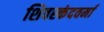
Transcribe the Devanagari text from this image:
शिवस्कंदवर्मा